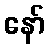
နော်